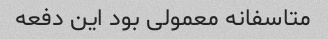
متاسفانه معمولی بود این دفعه